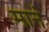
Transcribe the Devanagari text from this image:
मानं